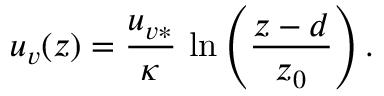
u _ { v } ( z ) = \frac { u _ { v * } } { \kappa } \, \ln \left( \frac { z - d } { z _ { 0 } } \right) .